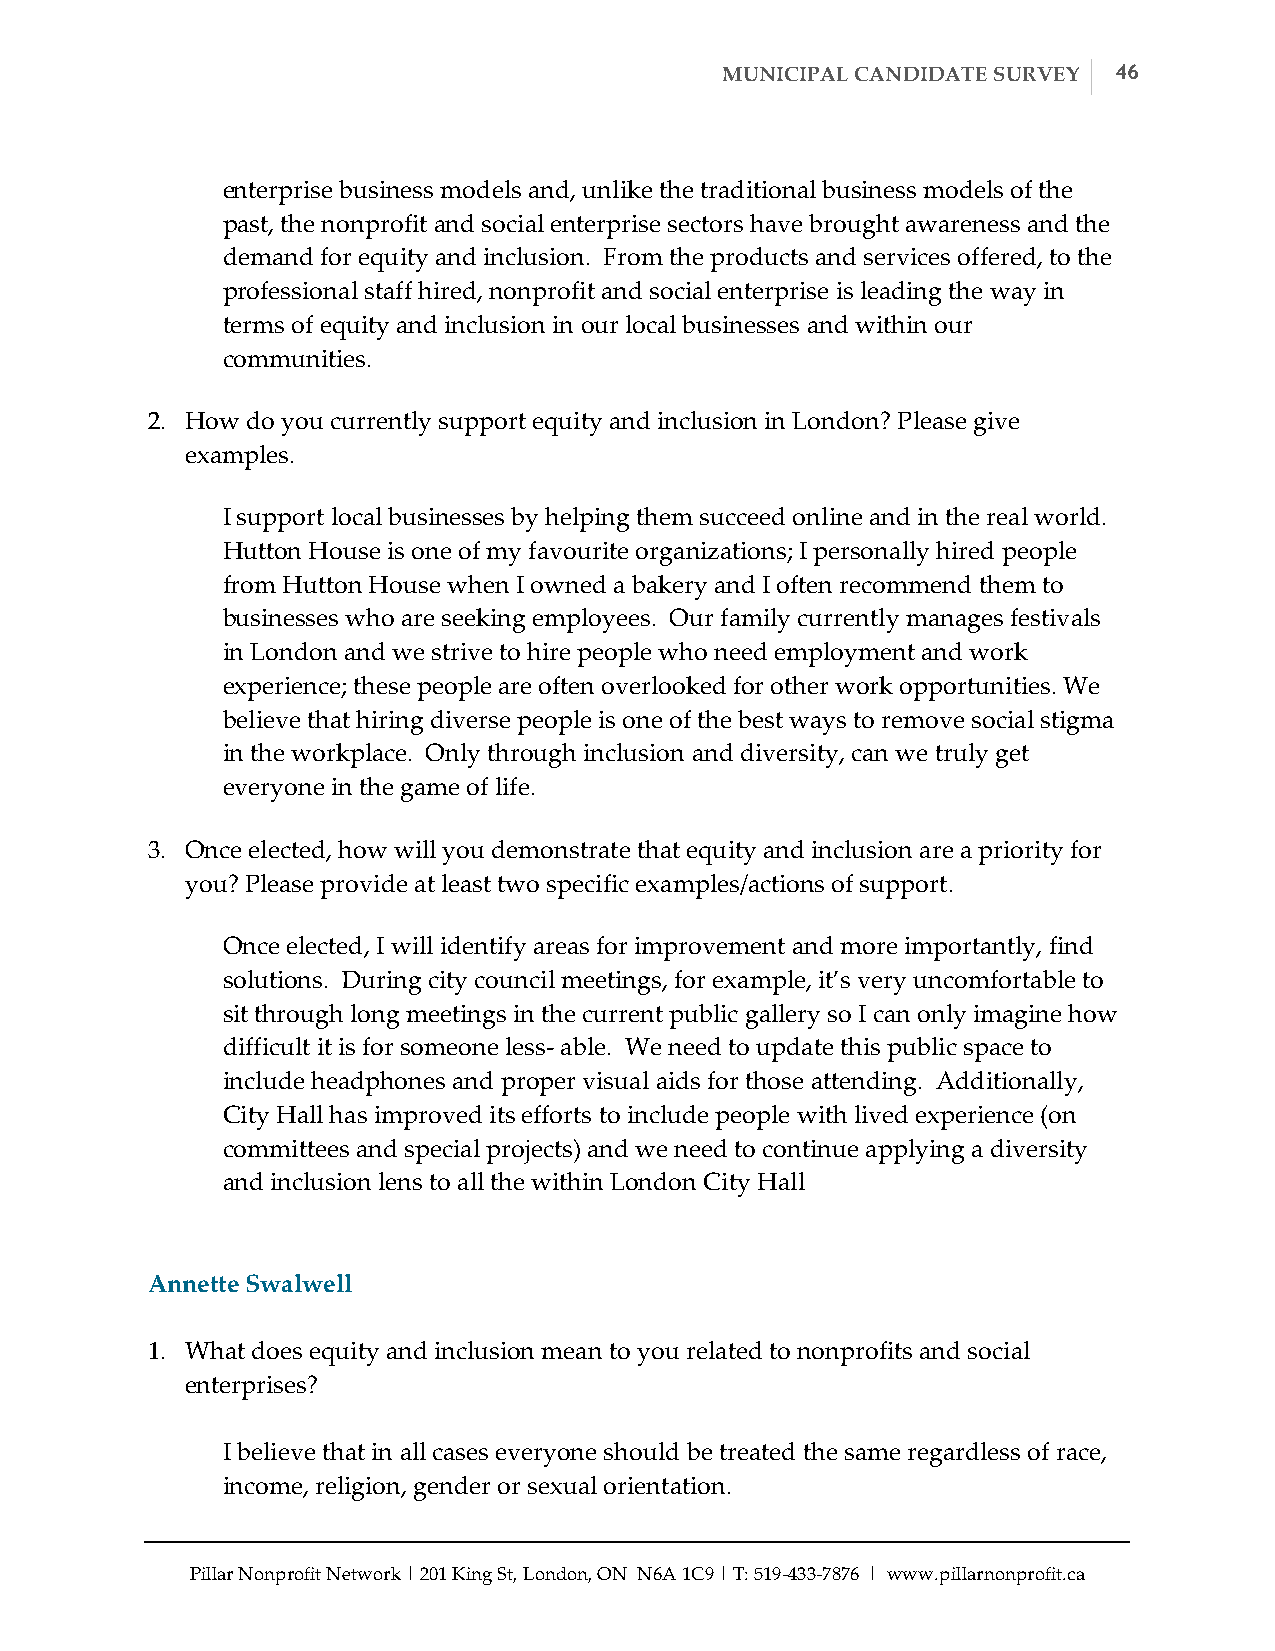
MUNICIPAL CANDIDATE SURVEY 46
 enterprise business models and, unlike the traditional business models of the
 past, the nonprofit and social enterprise sectors have brought awareness and the
 demand for equity and inclusion. From the products and services offered, to the
 professional staff hired, nonprofit and social enterprise is leading the way in
 terms of equity and inclusion in our local businesses and within our
 communities.
 2. How do you currently support equity and inclusion in London? Please give
 examples.
 I support local businesses by helping them succeed online and in the real world.
 Hutton House is one of my favourite organizations; I personally hired people
 from Hutton House when I owned a bakery and I often recommend them to
 businesses who are seeking employees. Our family currently manages festivals
 in London and we strive to hire people who need employment and work
 experience; these people are often overlooked for other work opportunities. We
 believe that hiring diverse people is one of the best ways to remove social stigma
 in the workplace. Only through inclusion and diversity, can we truly get
 everyone in the game of life.
 3. Once elected, how will you demonstrate that equity and inclusion are a priority for
 you? Please provide at least two specific examples/actions of support.
 Once elected, I will identify areas for improvement and more importantly, find
 solutions. During city council meetings, for example, it’s very uncomfortable to
 sit through long meetings in the current public gallery so I can only imagine how
 difficult it is for someone less-­‐‑ able. We need to update this public space to
 include headphones and proper visual aids for those attending. Additionally,
 City Hall has improved its efforts to include people with lived experience (on
 committees and special projects) and we need to continue applying a diversity
 and inclusion lens to all the within London City Hall
 Annette Swalwell
 1. What does equity and inclusion mean to you related to nonprofits and social
 enterprises?
 I believe that in all cases everyone should be treated the same regardless of race,
 income, religion, gender or sexual orientation.
 Pillar Nonprofit Network | 201 King St, London, ON N6A 1C9 | T: 519-­‐‑433-­‐‑7876 | www.pillarnonprofit.ca